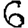
Digit: 6